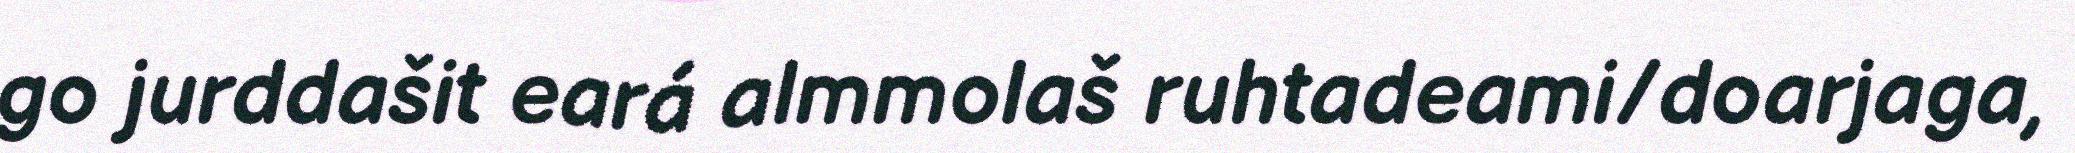
go jurddašit eará almmolaš ruhtadeami/doarjaga,